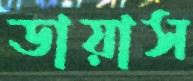
ডায়াস